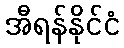
အီရန်နိုင်ငံ